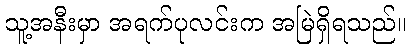
သူ့အနီးမှာ အရက်ပုလင်းက အမြဲရှိရသည်။